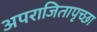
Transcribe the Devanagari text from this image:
अपराजितापृच्छा